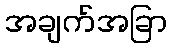
အချက်အခြာ